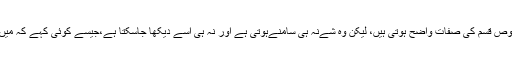
(2) اور کبھی وہ شےمتعین نہیں ہوتی بلکہ اس کی مخصوص قسم کی صفات واضح ہوتی ہیں، لیکن وہ شےنہ ہی سامنےہوتی ہے اور نہ ہی اُسے دیکھا جاسکتا ہے،جیسے کوئی کہے کہ میں تمہیں فلاں کمپنی کی فلاں صفات والی گاڑی بیچتا ہوں ۔